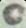
C